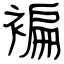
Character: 褊